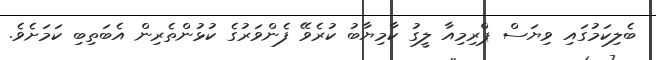
ބެލިކަމުގައި ވިޔަސް ޕްރިމިއާ ލީގު ކާމިޔާބު ކުރެވޭ ފެންވަރުގެ ކުޅުންތެރިން އެބަތިބި ކަމަށެވެ.